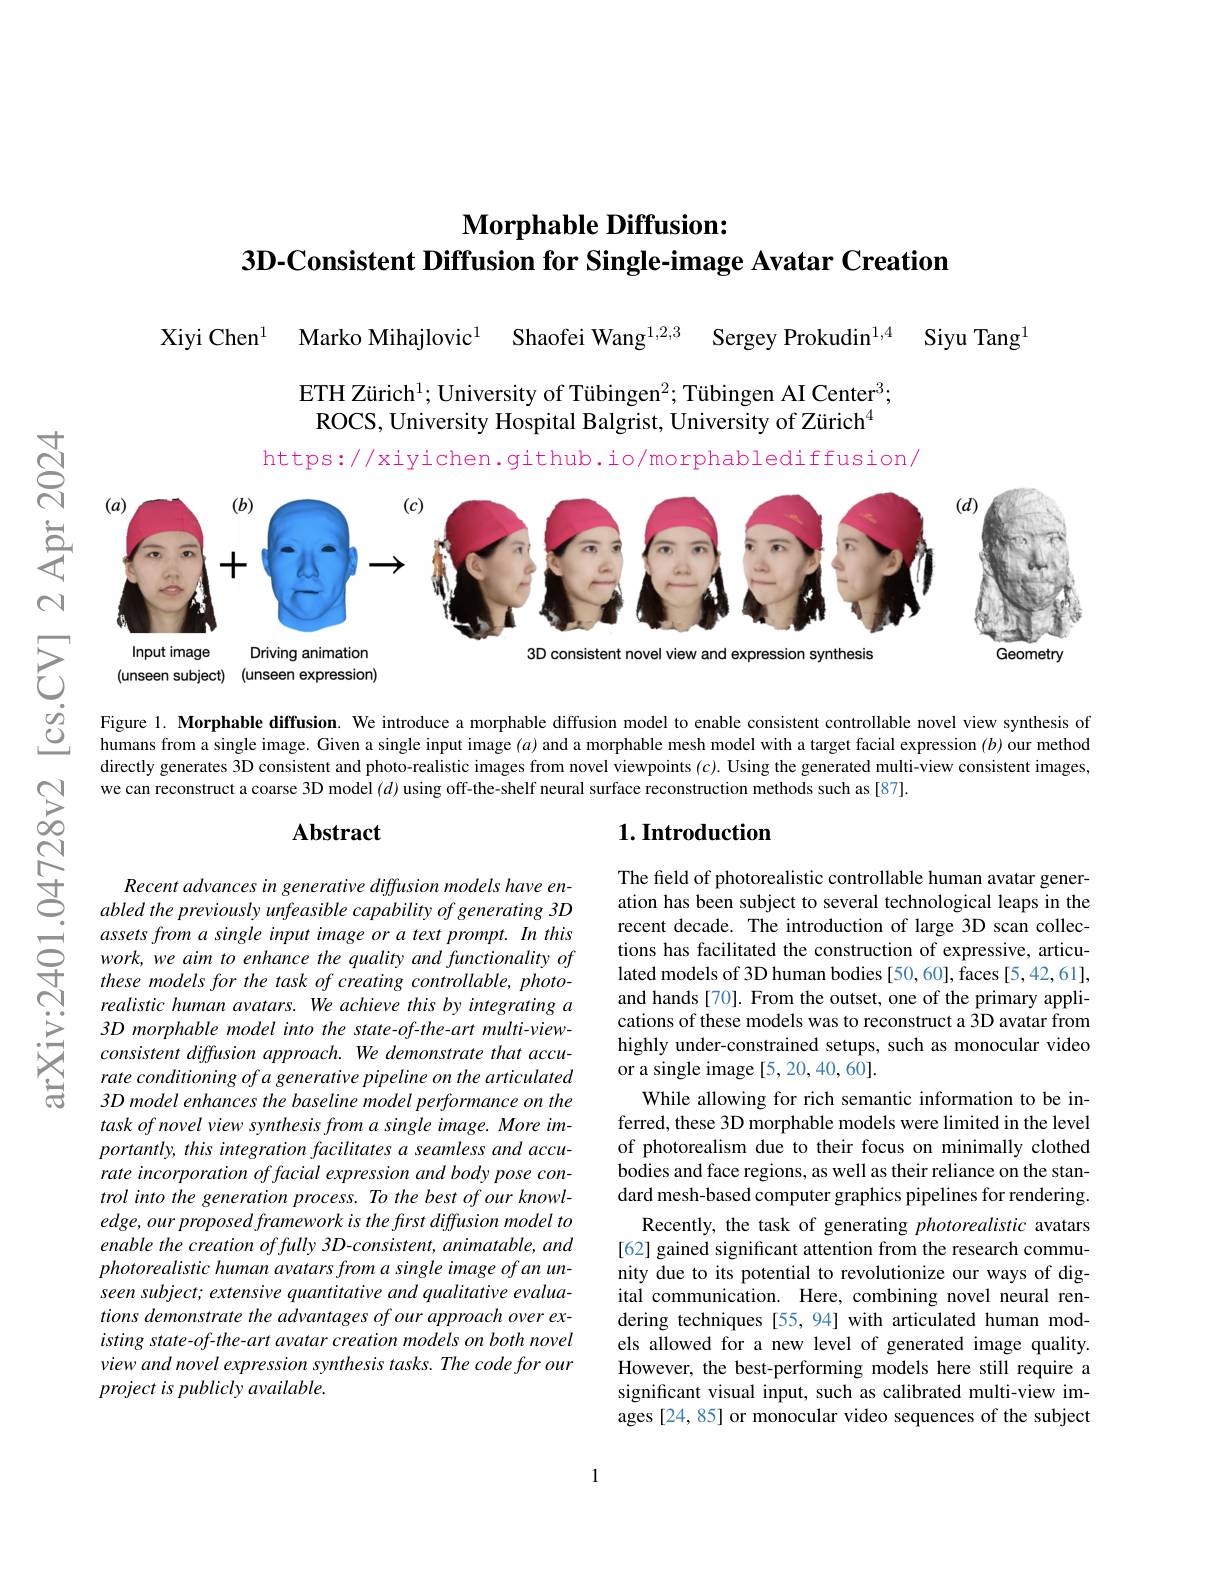
# $\textbf{Morphable Diffusion: }$ $3\textbf{D- Consistent Diffusion for Single- image Avatar Creation}$

Xiyi Chen$^{1}$ Marko Mihajlovic$^{1}$ Shaofei Wang$^{1,2,3}$ Sergey Prokudin$^{1,4}$

Siyu Tang$^{\mathrm{I}}$

ETH Zürich$^1;$ University of Tübingen$^2;$ Tübingen AI Center$^3;$ ROCS, University Hospital Balgrist, University of Zürich$^{4}$

https://xiyichen.github.io/morphablediffusion/

$ଟ୍ରੱ$

享

<FigureHere>
3D consistent novel view and expression synthesis
Geometry

$\mathbb{N}$

(unseen subject) (unseen expression)

$উড়্তি$

Figure 1. Morphable diffusion. We introduce a morphable diffusion model to enable consistent controllable novel view synthesis of humans from a single image. Given a single input image $(a)$ and a morphable mesh model with a target facial expression $(b)$ our method directly generates 3D consistent and photo-realistic images from novel viewpoints $(c).$ Using the generated multi-view consistent images, we can reconstruct a coarse 3D model $(d)$ using off-the-shelf neural surface reconstruction methods such as[87].

## Abstract

## $1. \textbf{Introduction}$

Recent advances in generative diffusion models have enabled the previously unfeasible capability of generating 3D
$\begin{array}{ccc}{\mathrm{i}}&{assetsfrom~a~single~input~image~or~a~text~prompt.~In~this}\\{\mathrm{C}}&{work,we~aim~to~enhance~the~quality~and~functionality~of}\\{\mathrm{these~models~for~the~task~of~creating~controllable,~photo-}}\end{array}$
realistic human avatars. We achieve this by integrating a 3D morphable model into the state-of-the-art multi-viewconsistent diffusion approach. We demonstrate that accurate conditioning of a generative pipeline on the articulated 3D model enhances the baseline model performance on the task of novel view synthesis from a single image. More importantly, this integration facilitates a seamless and accurate incorporation of facial expression and body pose control into the generation process. To the best of our knowledge, our proposed framework is the frst diffusion model to enable the creation of fully 3D-consistent, animatable, and photorealistic human avatars from a single image of an unseen subject; extensive quantitative and qualitative evaluations demonstrate the advantages of our approach over existing state-of-the-art avatar creation models on both novel view and novel expression synthesis tasks. The code for our project is publicly available.

The field of photorealistic controllable human avatar generation has been subject to several technological leaps in the recent decade. The introduction of large 3D scan collections has facilitated the construction of expressive, articulated models of 3D human bodies [50,60], faces [5,42,61], and hands [70]. From the outset, one of the primary applications of these models was to reconstruct a 3D avatar from highly under-constrained setups, such as monocular video or a single image [5, 20, 40, 60].
While allowing for rich semantic information to be inferred, these 3D morphable models were limited in the level of photorealism due to their focus on minimally clothed bodies and face regions, as well as their reliance on the standard mesh-based computer graphics pipelines for rendering.
Recently, the task of generating photorealistic avatars [62] gained significant attention from the research community due to its potential to revolutionize our ways of digital communication. Here, combining novel neural rendering techniques [55, 94] with articulated human models allowed for a new level of generated image quality. However, the best-performing models here still require a significant visual input, such as calibrated multi-view images [24,85] or monocular video sequences of the subject